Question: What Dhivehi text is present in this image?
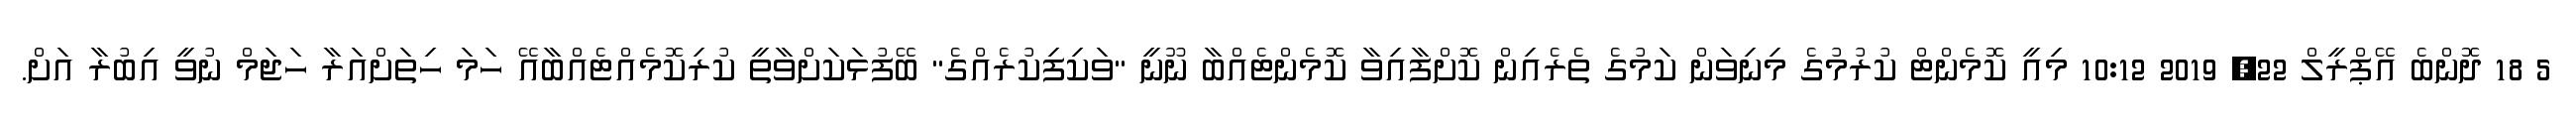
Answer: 5 18 ދޮންބެ އޭޕްރީލް 22, 2019 10:12 މިއީ ކޮމެންޓް ކުރުމުގެ މިނިވަން ކަމުގެ ތެރެއިން ކޮށްފާއިވާ ކޮމެންޓެއްބާ ނޫނީ "ވަކިފިކުރެއްގެ" ބޭފުޅަކަށްވާތީ ކުރިކޮމެއްޓެއްބާއޭ ހަމަ ހިތަށްއަރާ ހަޖަމް ނުވީ އިބުރާ އަށް.